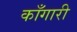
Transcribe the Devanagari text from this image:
काँगारी